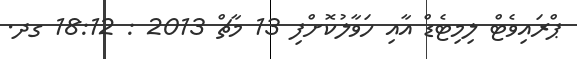
ޕްރައިވެޓް ލިމިޓެޑް އާއި ހަވާލުކޮށްފި 13 މާޗް 2013 : 18:12 ގދ.